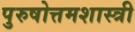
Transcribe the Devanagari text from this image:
पुरुषोत्तमशास्त्री